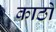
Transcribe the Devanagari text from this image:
काठों